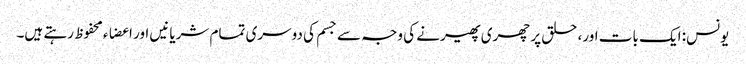
یونس: ایک بات اور، حلق پر چھری پھیرنے کی وجہ سے جسم کی دوسری تمام شریانیں اور اعضاء محفوظ رہتے ہیں۔